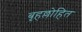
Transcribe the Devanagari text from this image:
बृहल्लोहित